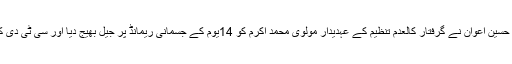
16 اپریل2018ء) سپیشل جج انسداد دہشت گر دی کورٹ ساہیوال ملک شبیر حسین اعوان نے گرفتار کالعدم تنظیم کے عہدیدار مولوی محمد اکرم کو 14یوم کے جسمانی ریمانڈ پر جیل بھیج دیا اور سی ٹی دی کو حکم دیا کہ مو لوی محمد اکرم کو 30اپریل کو عدالت میں پیش کیا جائے ۔